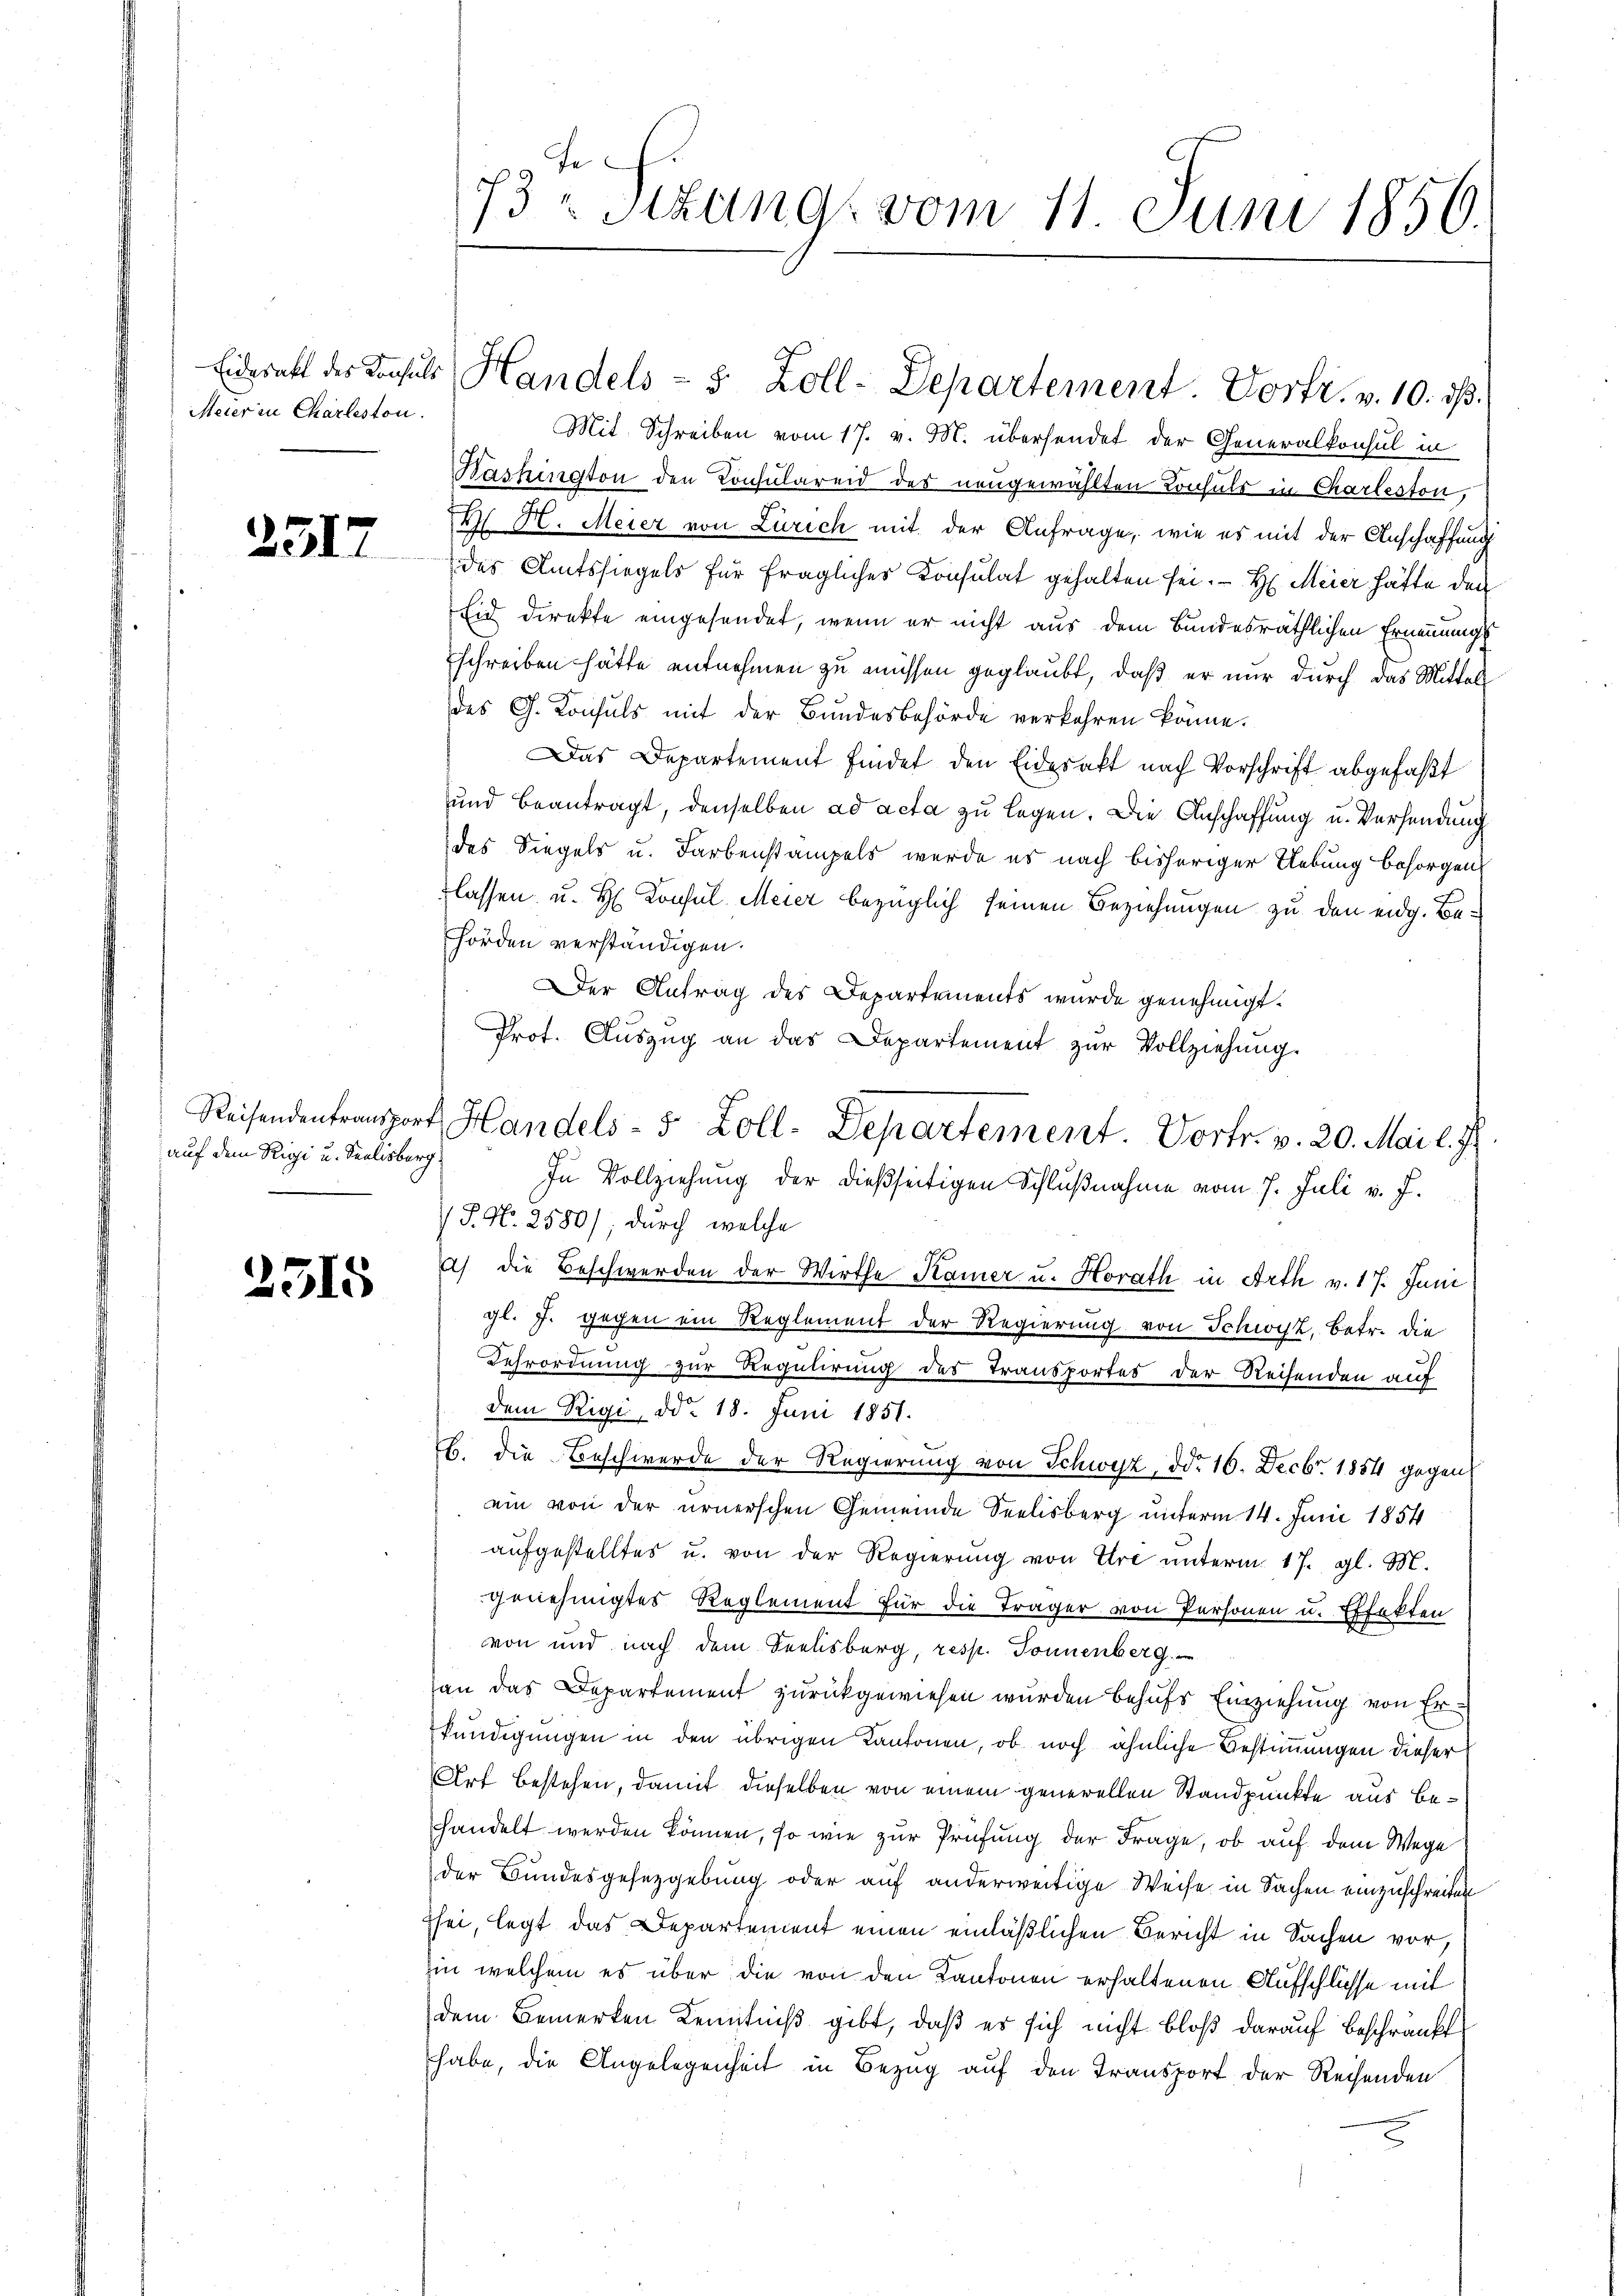
Meier in Charleston.

251

auf dem Rigi u. Seelisberg

2515

73ten Sizung vom 11. Juni 1856.

Eideratt des Konsuls Handels - 5 Zoll-Departement. Vortr. v. 10. ds.

Reisendentransport Handels- 5 Zoll-Departement. Vortr. v. 20. Mai l. J.

Mit Schreiben vom 17. v. M. übersendet der Generalkonsul in
Washington den Consulareid des neugewählten Konsuls in Charleston,
M. H. Meier von Zürich mit der Anfrage, wie es mit der Anschaffung
des Amtssiegels für fraglicher Consulat gehalten sei. H. Meier hätte den
Eid direkte eingesendet, wenn er nicht aus dem Bundesräthlichen Ernennungs
schreiben hätte entnehmen zu müssen geglaubt, daß er nur durch das Mittels
des G. Konsuls mit der Bundesbehörde verkehren könne.
Das Departement findet den Eidesakt nach Vorschrift abgefaßt
und beantragt, denselben ad acta zu legen. Die Anschaffung u. Versendung
des Siegels u. Farbenstämpels werde es nach bisheriger Uebung besorgen
tlassen u. H. Consul Meier bezüglich seinen Beziehungen zu den eidg. Behörden verständigen.
Der Antrag des Departements wurde genehmigt.
Prot. Auszug an das Departement zur Vollziehung.
In Vollziehung der dießseitigen Schlußnahme vom 7. Juli v. J.
P. Nr. 2580); durch welche
a) die Beschwerden der Wirthe Kamer u. Horath in Arth v. 17. Juni
gl. J. gegen ein Reglement der Regierung von Schwyz, betr. die
Kehrordnung zur Regulirung des Transportes der Reisenden auf
dem Rigi, ddo 18. Juni 1851.
B. die Beschwerde der Regierung von Schwyz, ddo 16. Decbr. 1854 gegen
ein von der urnerschen Gemeinde Seelisberg unterm 14. Juni 1854
aŭfgestelltes u. von der Regierŭng von Ihre ŭnterm 17. gl. M.
genehmigtes Reglement für die Träger von Personen u. Effekten
von und nach dem Seelisberg, resp. Tonnenberg.
an das Departement zurückgewiesen wurden behufs Einziehung von Erkündigungen in den übrigen Kantonen, ob noch ähnliche Bestimmungen dieser
Art bestehen, damit dieselben von einem generellen Standpunkte aus Behandelt werden können, so wie zur Prüfung der Frage, ob auf dem Wege
der Bundesgesetzgebung oder auf anderweitige Weise in Sachen einzuschreiten
zsei, legt das Departement einen einläßlichen Bericht in Sachen vor.
in welchem es über die von den Kantonen erhaltenen Aufschlüsse mit
dem Bemerken Kenntniß gibt, daß es sich nicht bloß darauf beschränkt
habe, die Angelegenheit in Bezug auf den Transport der Reisenden